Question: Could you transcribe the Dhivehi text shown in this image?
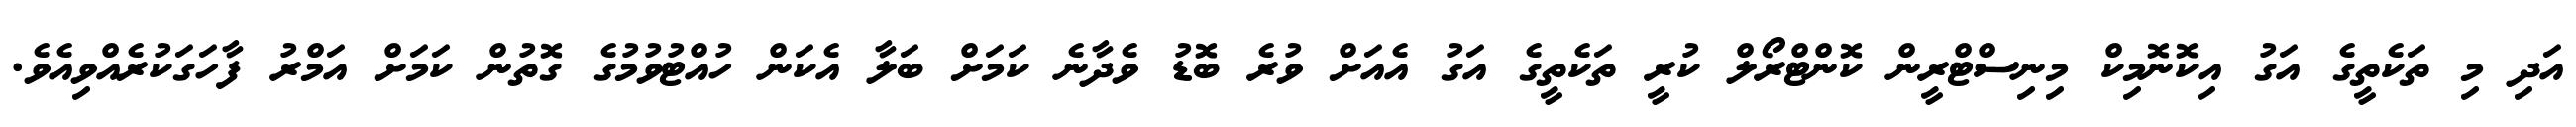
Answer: އަދި މި ތަކެތީގެ އަގު އިކޮނޮމިކް މިނިސްޓްރީން ކޮންޓްރޯލް ކުރީ ތަކެތީގެ އަގު އެއަށް ވުރެ ބޮޑު ވެދާނެ ކަމަށް ބަލާ އެކަން ހުއްޓުވުމުގެ ގޮތުން ކަމަށް އަމްރު ފާހަގަކުރެއްވިއެވެ.